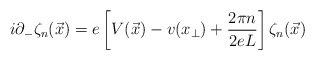
\begin{align*}i\partial_- \zeta_n(\vec{x}) = e\left[ V(\vec{x})-v(x_{\perp})+ \frac{2\pi n}{2eL}\right] \zeta_n(\vec{x})\end{align*}